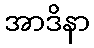
အာဒိနာ